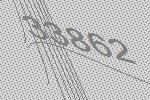
33862